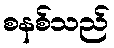
စနစ်သည်